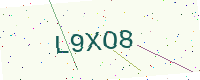
Text: L9XO8